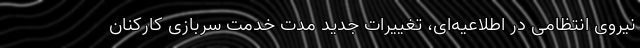
نیروی انتظامی در اطلاعیه‌ای، تغییرات جدید مدت خدمت سربازی کارکنان